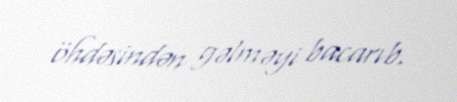
öhdəsindən gəlməyi bacarıb.